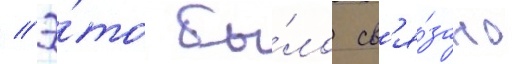
// Э́то бы́ло св'я́зано